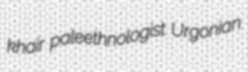
khair paleethnologist Urgonian